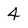
Character: 4